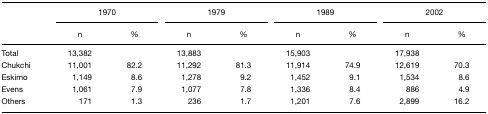
<table><thead><tr><td></td><td colspan="2"><b>1970</b></td><td colspan="2"><b>1979</b></td><td colspan="2"><b>1989</b></td><td colspan="2"><b>2002</b></td></tr><tr><td></td><td><b>n</b></td><td><b>%</b></td><td><b>n</b></td><td><b>%</b></td><td><b>n</b></td><td><b>%</b></td><td><b>n</b></td><td><b>%</b></td></tr></thead><tbody><tr><td>Total</td><td>13,382</td><td></td><td>13,883</td><td></td><td>15,903</td><td></td><td>17,938</td><td></td></tr><tr><td>Chukchi</td><td>11,001</td><td>82.2</td><td>11,292</td><td>81.3</td><td>11,914</td><td>74.9</td><td>12,619</td><td>70.3</td></tr><tr><td>Eskimo</td><td>1,149</td><td>8.6</td><td>1,278</td><td>9.2</td><td>1,452</td><td>9.1</td><td>1,534</td><td>8.6</td></tr><tr><td>Evens</td><td>1,061</td><td>7.9</td><td>1,077</td><td>7.8</td><td>1,336</td><td>8.4</td><td>886</td><td>4.9</td></tr><tr><td>Others</td><td>171</td><td>1.3</td><td>236</td><td>1.7</td><td>1,201</td><td>7.6</td><td>2,899</td><td>16.2</td></tr></tbody></table>